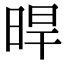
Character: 晘